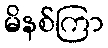
မိနစ်ကြာ